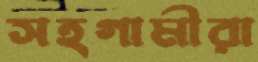
সহগামীরা